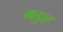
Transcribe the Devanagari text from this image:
मडुए